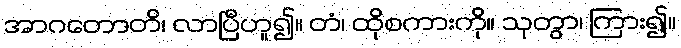
အာဂတောတိ၊ လာပြီဟူ၍။ တံ၊ ထိုစကားကို။ သုတွာ၊ ကြား၍။